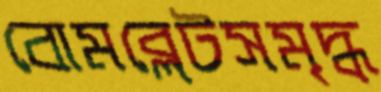
বোমব্লেটসমৃদ্ধ